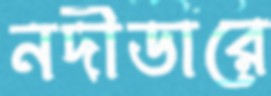
নদীডারে